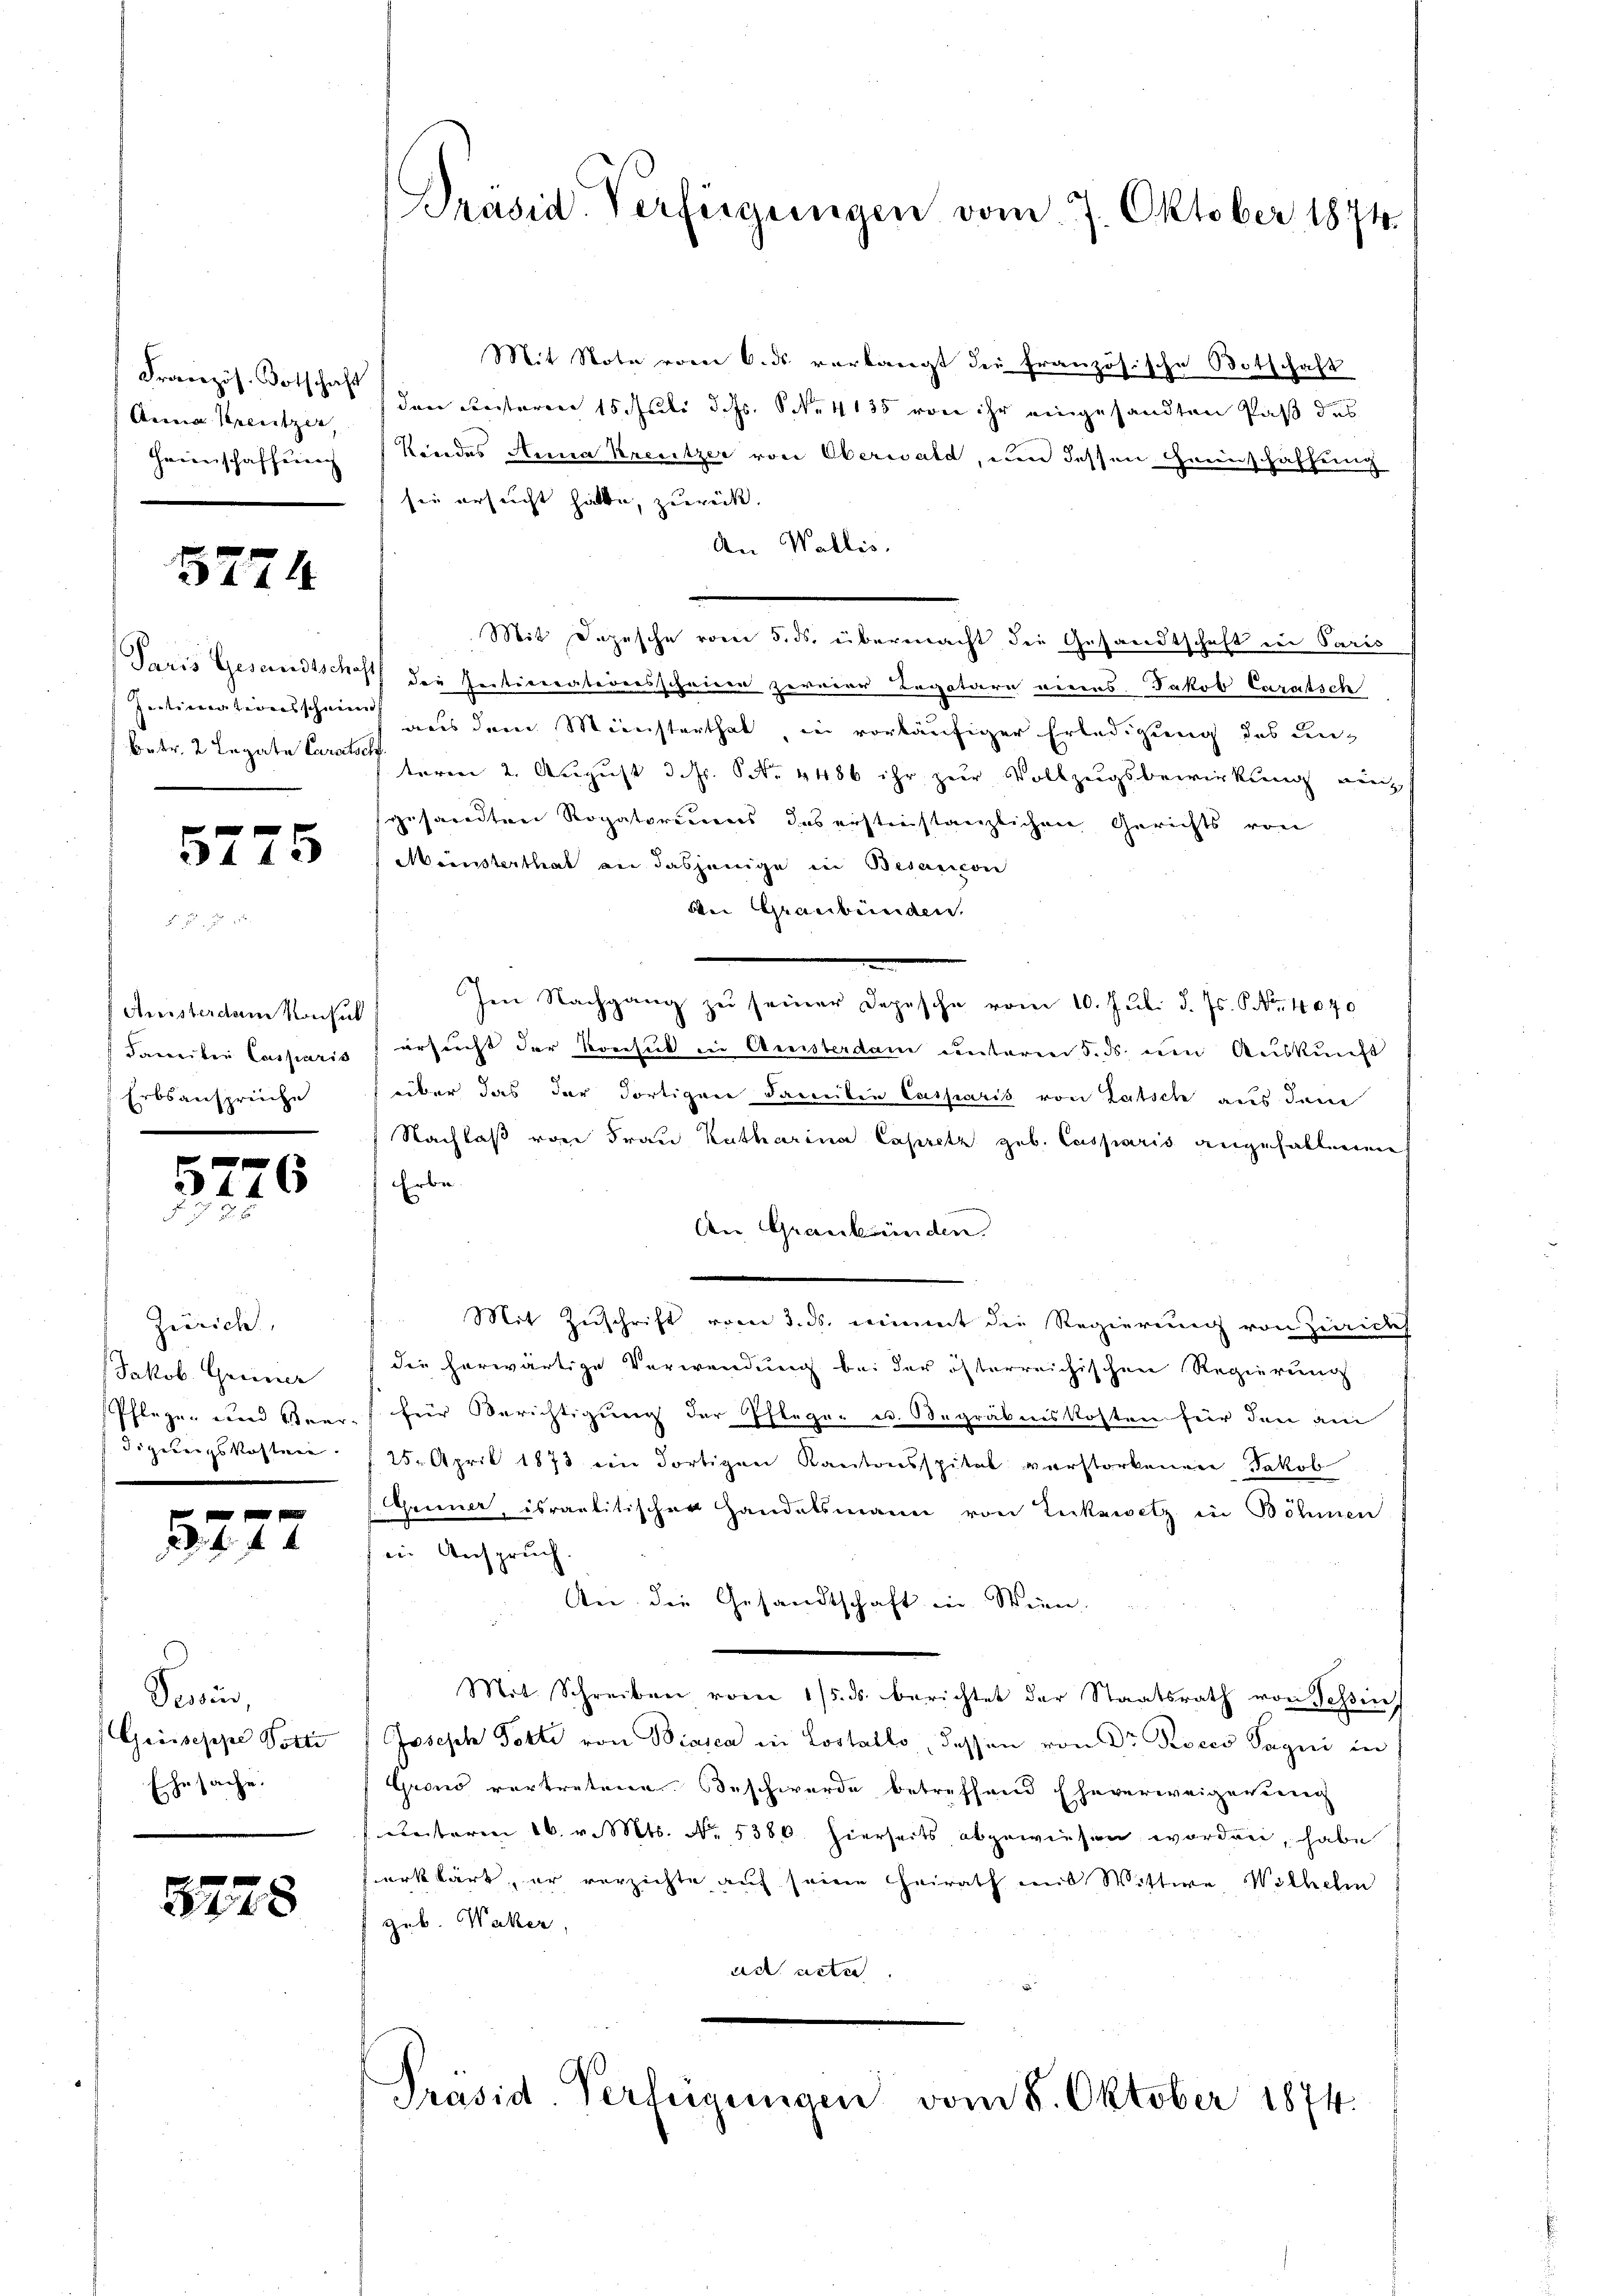
Anna Spenitzer,
Heimschaffung

5774

Intimationsschein
betr. 2 Legate Carats

x
5743

Ameisterdame Konsul
Faweiben Casparis
Erbsansprüche

577

4

6

Zürich,
Jakob. Greiner
Pflegen und Beer¬
Fögerungskosten.

2

Pesius,
Grüsseppe Potti
Ehesache.

3228

Präsid. Verfügungen vom 7. Oktober 1874.

Mit Note vom 6. ds verlangt die französische Botschaft
Französ. Botschaft den unsteren 15. Juli d. Js. S. 4135 von ihr eingesandten Paß des
Kindes Anna Kreutzer von Oberwald, um dessen Greinschaffung
sei ersucht hatte, zurück.
An Wallis.
Mit Dozische vom 5. ds. übermacht die Gesandtschaft in Paris
Frais Gesandtschaft die Perticorationsschrieen zerrier Legatare einers Jakob Caratsch
d
aus dem Ministerthal, in vorläufiger Erledigung des une
teren 2. August d. Js. No. 4486 ihr zur Vollzugsbewirkung verz
gesandten Rogatoreines des erstinstanzlichen Gerichts von
Meinsterthat an dasjenige in Besancon
Aei Graubünden.
Im Nachgang zu seiner Depesche vom 10. Juli d. Js. S. Nr. 4040
ersucht der Konsul in Amisterdam unterm 5. ds. den Auskunft
über das der dortigen Familie Casparis von Ratsch aus den
Nachlaß von Frau Katharina Capritz geb. Casparis angefallenen
Erbe
An Graubünden.
Mit Zuschrift vom 3. ds. einet die Regierung von Zürich
die herwärtige Verwendung bei der österreichischen Regierung
f. für Berichtigung der Pflege u. Begräbniskosten für den ane
25. April 1873 ein dortigen Kantonsspital verstorbenen Jakob
(Gruner, israelitischer Handelsmann von Zickzwetz in Böhmen
in Anspruch.
An die Gesandtschaft in Wien.
Mit Schreiben vom 15. ds. berichtet der Staatsrath von Tessin
Joseph Totte von Biasca in Lostallo, dessen von Dr Rocco Sagni in
Grond vertretene Beschwerde betreffend Eheverweigerung
unteren 16. v. Mts. No. 5380. hierseits abgewiesen worden, habe
erklärt, er verzichte auf seine Heirath mit Wittwe Wilhelm
geb. Waker,
ad acte
Präsid. Verfügungen vom 8. Oktober 1874.